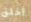
أخلق